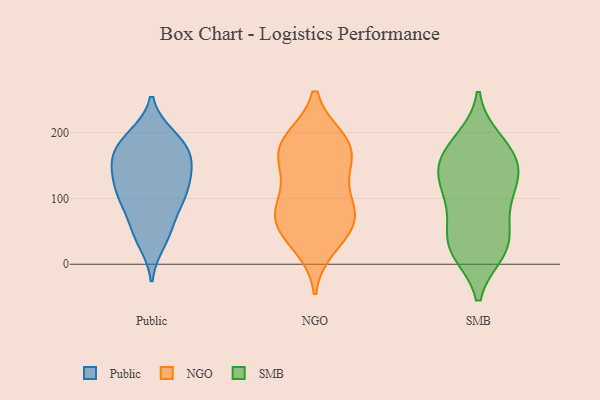
{"axis": {"x": "Churn Rate (%)", "y": "Value"}, "legend": ["NGO", "Public", "SMB"], "data": [{"x": "", "y": 104, "type": "Public"}, {"x": "", "y": 143, "type": "Public"}, {"x": "", "y": 112, "type": "Public"}, {"x": "", "y": 99, "type": "Public"}, {"x": "", "y": 185, "type": "Public"}, {"x": "", "y": 154, "type": "Public"}, {"x": "", "y": 151, "type": "Public"}, {"x": "", "y": 153, "type": "Public"}, {"x": "", "y": 120, "type": "Public"}, {"x": "", "y": 194, "type": "Public"}, {"x": "", "y": 78, "type": "Public"}, {"x": "", "y": 178, "type": "Public"}, {"x": "", "y": 33, "type": "Public"}, {"x": "", "y": 166, "type": "Public"}, {"x": "", "y": 195, "type": "Public"}, {"x": "", "y": 44, "type": "Public"}, {"x": "", "y": 57, "type": "Public"}, {"x": "", "y": 109, "type": "Public"}, {"x": "", "y": 142, "type": "NGO"}, {"x": "", "y": 49, "type": "NGO"}, {"x": "", "y": 159, "type": "NGO"}, {"x": "", "y": 164, "type": "NGO"}, {"x": "", "y": 188, "type": "NGO"}, {"x": "", "y": 98, "type": "NGO"}, {"x": "", "y": 28, "type": "NGO"}, {"x": "", "y": 59, "type": "NGO"}, {"x": "", "y": 189, "type": "NGO"}, {"x": "", "y": 184, "type": "NGO"}, {"x": "", "y": 89, "type": "NGO"}, {"x": "", "y": 72, "type": "NGO"}, {"x": "", "y": 74, "type": "NGO"}, {"x": "", "y": 23, "type": "SMB"}, {"x": "", "y": 30, "type": "SMB"}, {"x": "", "y": 18, "type": "SMB"}, {"x": "", "y": 66, "type": "SMB"}, {"x": "", "y": 18, "type": "SMB"}, {"x": "", "y": 148, "type": "SMB"}, {"x": "", "y": 136, "type": "SMB"}, {"x": "", "y": 107, "type": "SMB"}, {"x": "", "y": 185, "type": "SMB"}, {"x": "", "y": 189, "type": "SMB"}, {"x": "", "y": 168, "type": "SMB"}, {"x": "", "y": 80, "type": "SMB"}, {"x": "", "y": 117, "type": "SMB"}, {"x": "", "y": 41, "type": "SMB"}, {"x": "", "y": 154, "type": "SMB"}, {"x": "", "y": 154, "type": "SMB"}, {"x": "", "y": 116, "type": "SMB"}]}